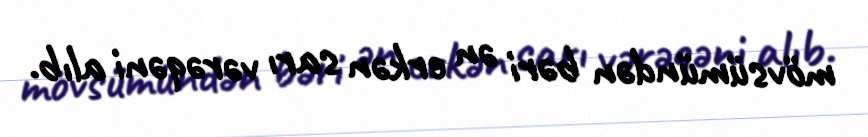
mövsümündən bəri ən erkən sarı vərəqəni alıb.